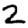
Digit: 2